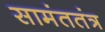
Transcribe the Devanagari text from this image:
सामंततंत्र